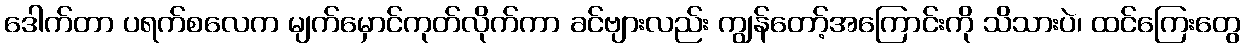
ဒေါက်တာ ပရက်စလေက မျက်မှောင်ကုတ်လိုက်ကာ ခင်ဗျားလည်း ကျွန်တော့်အကြောင်းကို သိသားပဲ၊ ထင်ကြေးတွေ